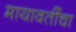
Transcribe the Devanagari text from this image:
मायावतींचा